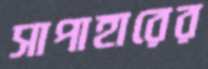
সাপাহারের